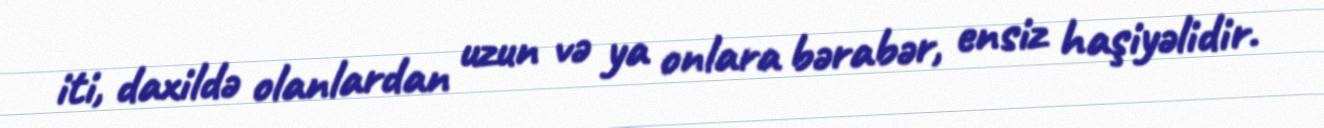
iti, daxildə olanlardan uzun və ya onlara bərabər, ensiz haşiyəlidir.